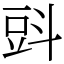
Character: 㪷